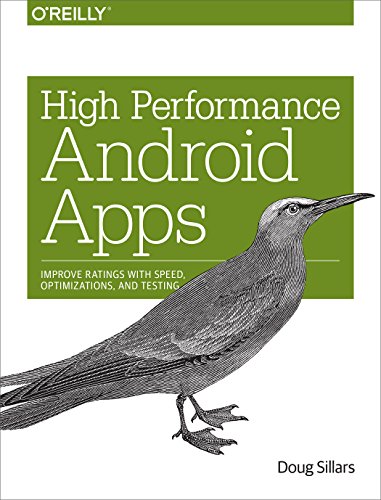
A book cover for High Performance Android Apps: Improve Ratings with Speed, Optimizations, and Testing; Doug Sillars; Computers & Technology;